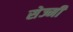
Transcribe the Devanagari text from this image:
सेज्मी